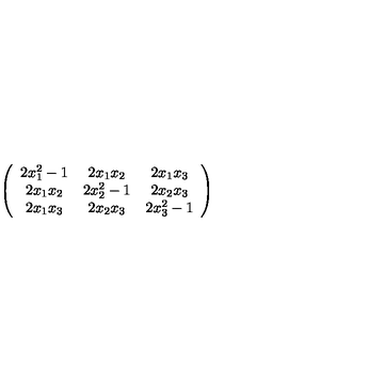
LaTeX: \left( \begin{array} { c c c } { 2 x _ { 1 } ^ { 2 } - 1 } & { 2 x _ { 1 } x _ { 2 } } & { 2 x _ { 1 } x _ { 3 } } \\ { 2 x _ { 1 } x _ { 2 } } & { 2 x _ { 2 } ^ { 2 } - 1 } & { 2 x _ { 2 } x _ { 3 } } \\ { 2 x _ { 1 } x _ { 3 } } & { 2 x _ { 2 } x _ { 3 } } & { 2 x _ { 3 } ^ { 2 } - 1 } \\ \end{array} \right)